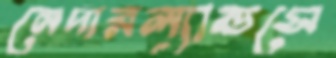
নেদারল্যান্ডসে